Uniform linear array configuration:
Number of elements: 24
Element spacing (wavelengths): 0.75
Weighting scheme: uniform
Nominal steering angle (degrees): -60
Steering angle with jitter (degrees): -59.557
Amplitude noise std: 0.05
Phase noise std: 0.05

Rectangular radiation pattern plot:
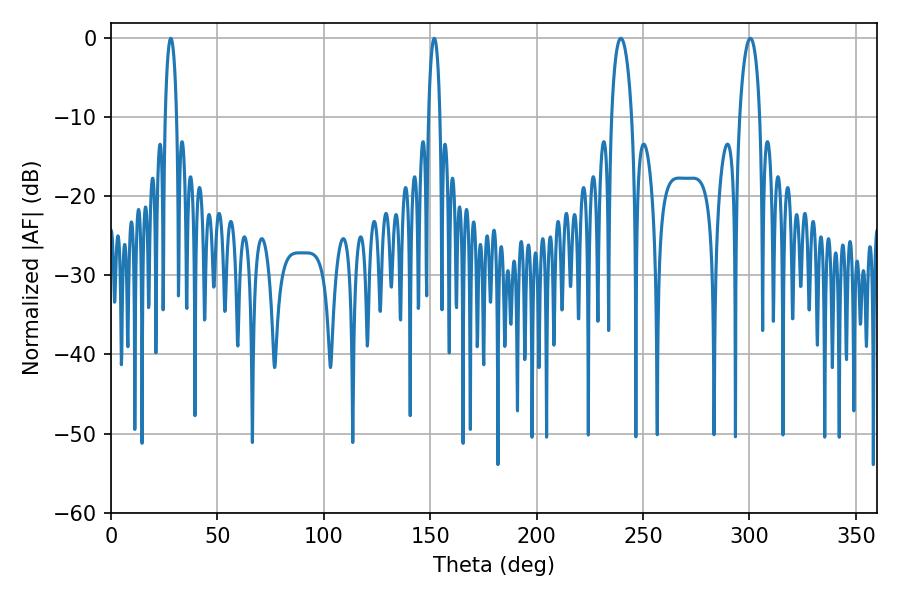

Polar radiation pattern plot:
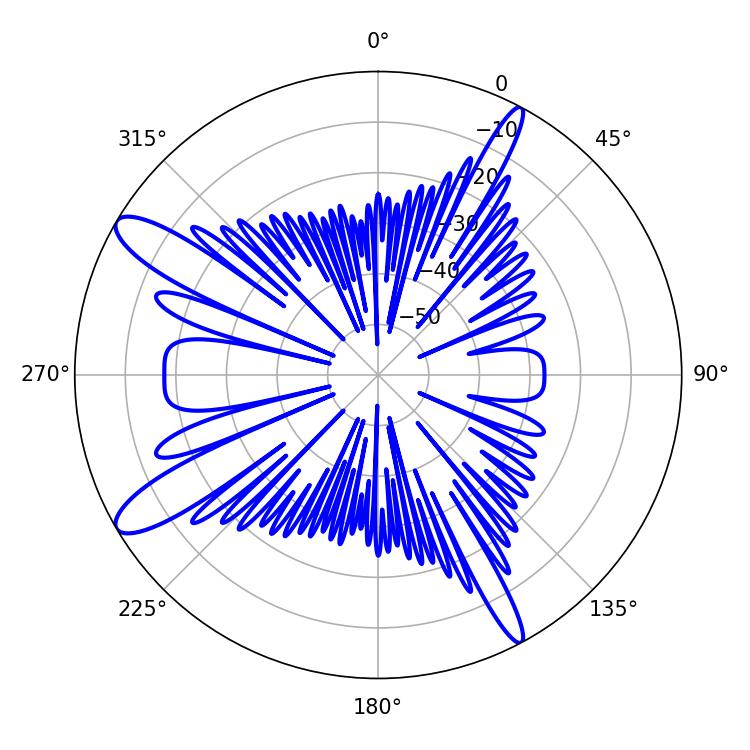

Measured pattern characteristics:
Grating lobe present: TRUE
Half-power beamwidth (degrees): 5.4
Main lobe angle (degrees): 239.58